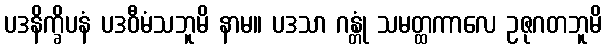
ပဒနိက္ခိပနံ ပဒဝီမံသဘူမိ နာမ။ ပဒသာ ဂန္တုံ သမတ္ထကာလေ ဥဇုဂတဘူမိ